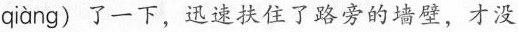
qiàng )了一下，迅速扶住了路旁的墙壁，才没